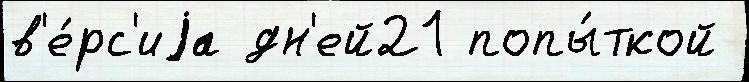
в'е́рс'иjа дн'ей21 попы́ткой